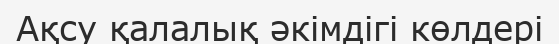
Ақсу қалалық әкімдігі көлдері